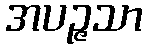
အပဉ္ဇသာ